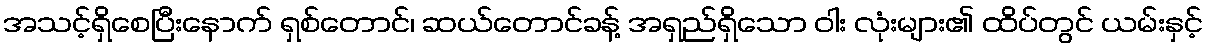
အသင့်ရှိစေပြီးနောက် ရှစ်တောင်၊ ဆယ်တောင်ခန့် အရှည်ရှိသော ဝါး လုံးများ၏ ထိပ်တွင် ယမ်းနှင့်